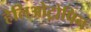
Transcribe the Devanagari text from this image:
हेलिओट्रोपिन